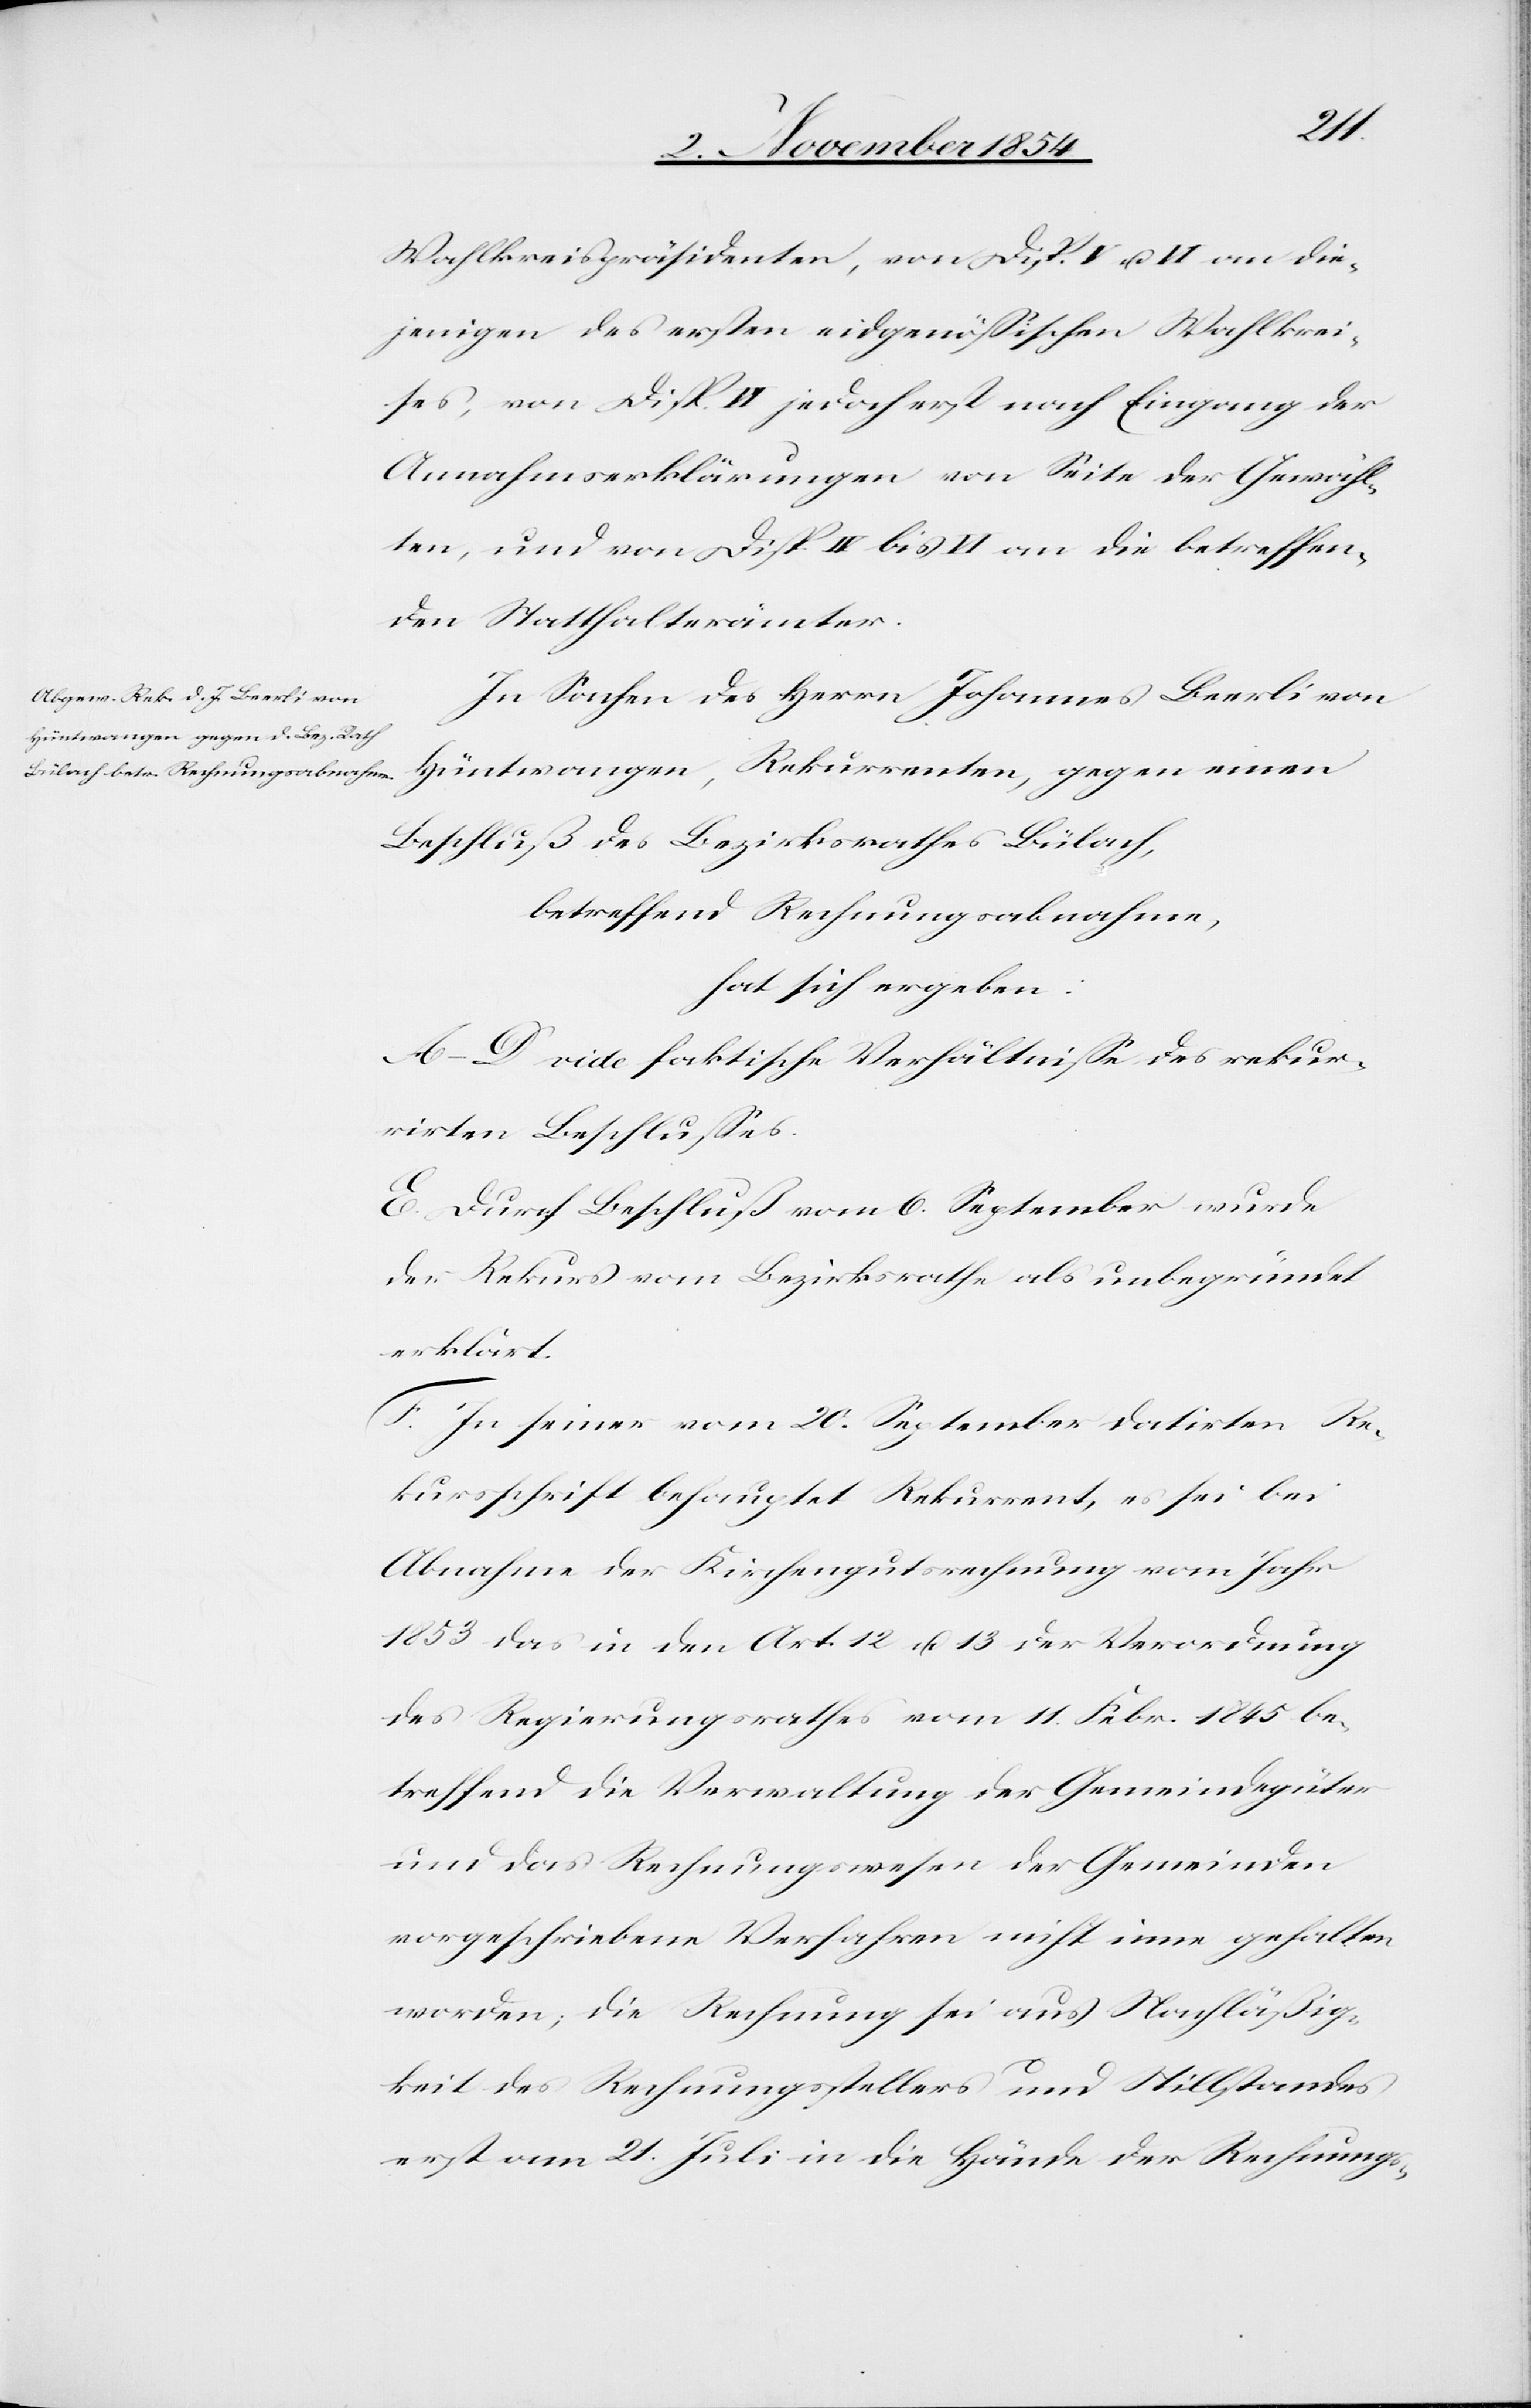
Wahlkreispräsidenten, von Disp. V u. VI an die¬
jenigen des ersten eidgenößischen Wahlkrei¬
ses, von Disp. VI jedoch erst nach Eingang der
Annahmserklärungen von Seite der Gewähl¬
ten, und von Disp. IV bis VI an die betreffen¬
den Statthalterämter.
In Sachen des Herrn Johannes Beerli von
Hüntwangen, Rekurrenten, gegen einen
Beschluß des Bezirksrathes Bülach,
betreffend Rechnungsabnahme,
hat sich ergeben:
A–D vide faktische Verhältniße des rekur¬
rirten Beschlußes.
E. Durch Beschluß vom 6. September wurde
der Rekurs vom Bezirksrathe als unbegründet
erklärt.
F. In seiner vom 20. September datirten Re¬
kursschrift behauptet Rekurrent, es sei bei
Abnahme der Kirchengutsrechnung vom Jahr
1853 das in den Art. 12 u. 13 der Verordnung
des Regierungsrathes 11. Febr. 1845 be¬
treffend die Verwaltung der Gemeindegüter
und das Rechnungswesen der Gemeinden
vorgeschriebene Verfahren nicht inne gehalten
worden; die Rechnung sei aus Nachläßig¬
keit des Rechnungsstellers und Stillstandes
erst am 21. Juli in die Hände der Rechnungs-